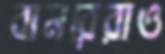
বানরেরাও